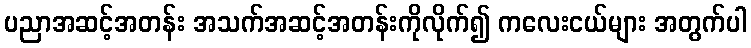
ပညာအဆင့်အတန်း အသက်အဆင့်အတန်းကိုလိုက်၍ ကလေးငယ်များ အတွက်ပါ